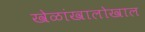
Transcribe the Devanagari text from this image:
खेळांखालोखाल